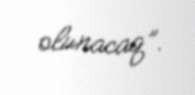
olunacaq”.